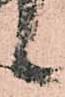
候